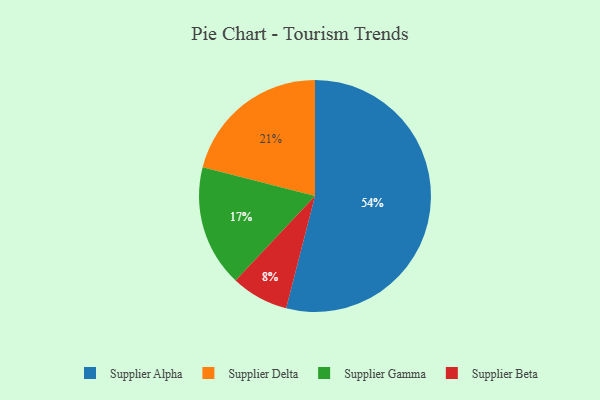
{"axis": {"x": "Category", "y": "Percentage"}, "legend": ["Supplier Alpha", "Supplier Beta", "Supplier Delta", "Supplier Gamma"], "data": [{"x": "Supplier Beta", "y": 8, "type": "Supplier Beta"}, {"x": "Supplier Gamma", "y": 17, "type": "Supplier Gamma"}, {"x": "Supplier Alpha", "y": 54, "type": "Supplier Alpha"}, {"x": "Supplier Delta", "y": 21, "type": "Supplier Delta"}]}